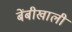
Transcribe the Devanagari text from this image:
बेंबीखाली